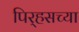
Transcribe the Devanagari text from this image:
पिर्‍हसच्या